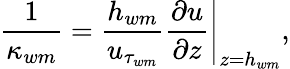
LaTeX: \frac{1}{\kappa_{wm}}=\frac{h_{wm}}{u_{\tau_{wm}}}\left.\frac{\partial u}{\partial z}\right|_{z=h_{wm}},